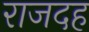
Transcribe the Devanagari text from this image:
राजदह